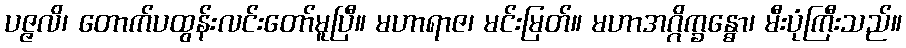
ပဇ္ဇလိ၊ တောက်ပထွန်းလင်းတော်မူပြီ။ မဟာရာဇ၊ မင်းမြတ်။ မဟာအဂ္ဂိက္ခန္ဓော၊ မီးပုံကြီးသည်။